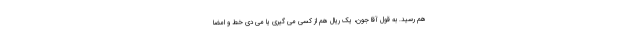
هم رسید. به قول آقا جون، یک ریال هم از کسی می گیری یا می دی خط و امضا